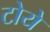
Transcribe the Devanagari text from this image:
टोये